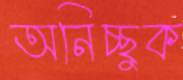
অনিচ্ছুক